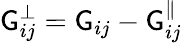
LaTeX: \mathsf{G}_{ij}^{\perp}=\mathsf{G}_{ij}-\mathsf{G}_{ij}^{\parallel}